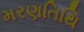
મરણતિથિ